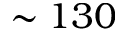
\sim 1 3 0